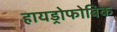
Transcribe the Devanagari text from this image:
हायड्रोफोबिक